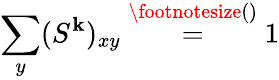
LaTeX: \sum_{y}(S^{\mathbf{k}})_{xy}\overset{\footnotesize()}{=}1